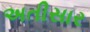
અતીસાર